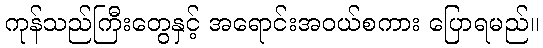
ကုန်သည်ကြီးတွေနှင့် အရောင်းအဝယ်စကား ပြောရမည်။